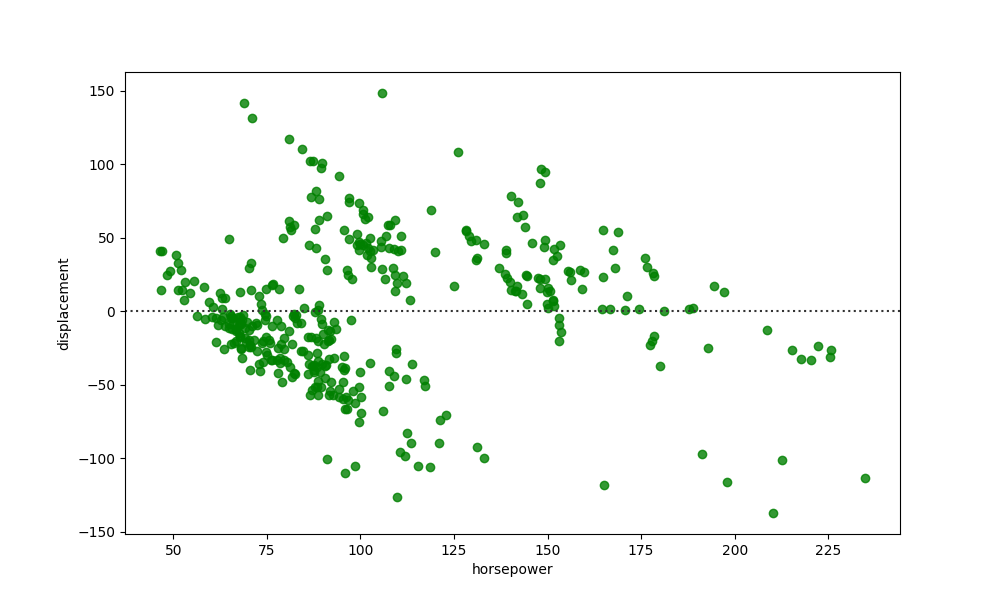
python, seaborn, residplot, lowess=False, scatter_color=green